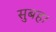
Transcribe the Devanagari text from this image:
सुबह।